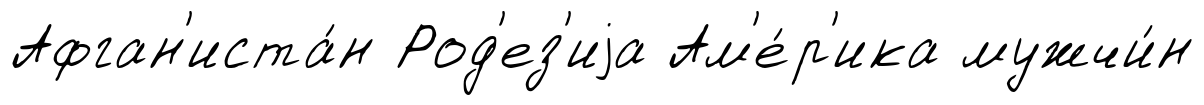
Афган'иста́н Род'ез'иjа Ам'е́р'ика мужчи́н